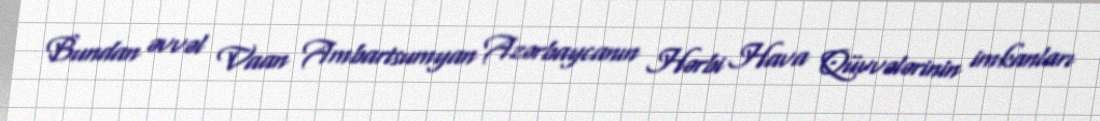
Bundan əvvəl Vaan Ambartsumyan Azərbaycanın Hərbi Hava Qüvvələrinin imkanları